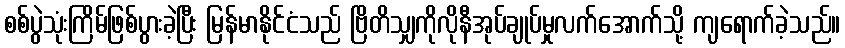
စစ်ပွဲသုံးကြိမ်ဖြစ်ပွားခဲ့ပြီး မြန်မာနိုင်ငံသည် ဗြိတိသျှကိုလိုနီအုပ်ချုပ်မှုလက်အောက်သို့ ကျရောက်ခဲ့သည်။